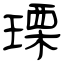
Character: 瑮